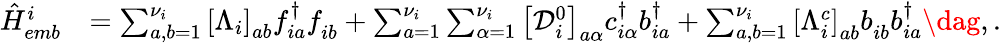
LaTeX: \begin{array}{rl}{\hat{H}_{emb}^{i}}&{=\sum_{a,b=1}^{{\nu}_{i}}\left[\Lambda_{i}\right]_{ab}f_{ia}^{\dagger}f_{ib}^{\phantom{\dagger}}+\sum_{a=1}^{{\nu}_{i}}\sum_{\alpha=1}^{\nu_{i}}\left[\mathcal{D}_{i}^{0}\right]_{a\alpha}c_{i\alpha}^{\dagger}b_{ia}^{\dagger}+\sum_{a,b=1}^{{\nu}_{i}}\left[\Lambda_{i}^{c}\right]_{ab}b_{ib}^{\phantom{\dagger}}b_{ia}^{\dagger}\dag,.}\end{array}